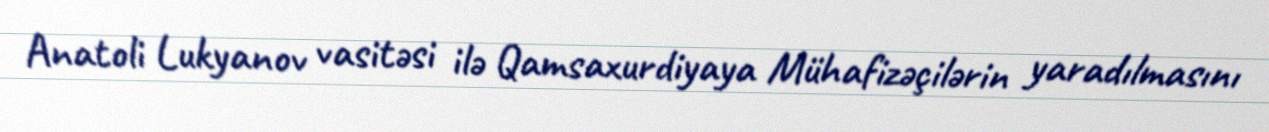
Anatoli Lukyanov vasitəsi ilə Qamsaxurdiyaya Mühafizəçilərin yaradılmasını